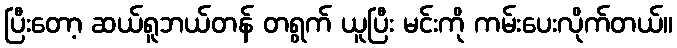
ပြီးတော့ ဆယ်ရူဘယ်တန် တရွက် ယူပြီး မင်းကို ကမ်းပေးလိုက်တယ်။